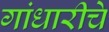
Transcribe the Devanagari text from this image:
गांधारीचे